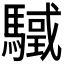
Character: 𩥳